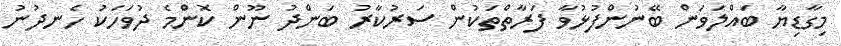
މިގާޑިޔާ ބައްލަވަން ބޭނުންފުޅުވާ ފަރާތްތަކުން ސަރުކާރު ބަންދު ނޫން ކޮންމެ ދުވަހަކު ހެނދުނު